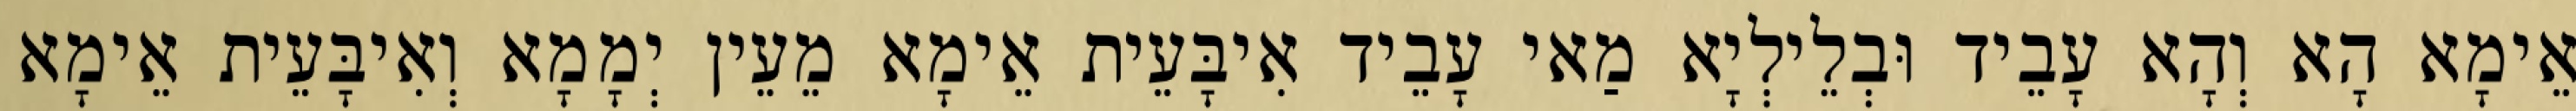
אֵימָא הָא וְהָא עָבֵיד וּבְלֵילְיָא מַאי עָבֵיד אִיבָּעֵית אֵימָא מֵעֵין יְמָמָא וְאִיבָּעֵית אֵימָא